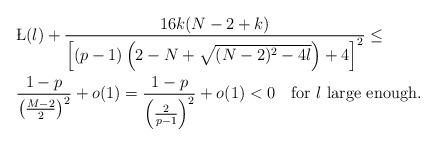
LaTeX: \begin{align*}&\L(\l)+\frac{16k(N-2+k)}{\left[(p-1)\left(2-N+\sqrt{(N-2)^2-4\l}\right)+4\right]^2}\le\\&\frac{1-p}{\left(\frac{M-2}2\right)^2}+o(1)=\frac{1-p}{\left(\frac{2}{p-1}\right)^2}+o(1)<0\quad\hbox{for $\l$ large enough.}\end{align*}